Report on plague and inoculation in the Punjab from October 1st ... to September 30th..., being the ... season of plague in the province
Disease focus: Plague
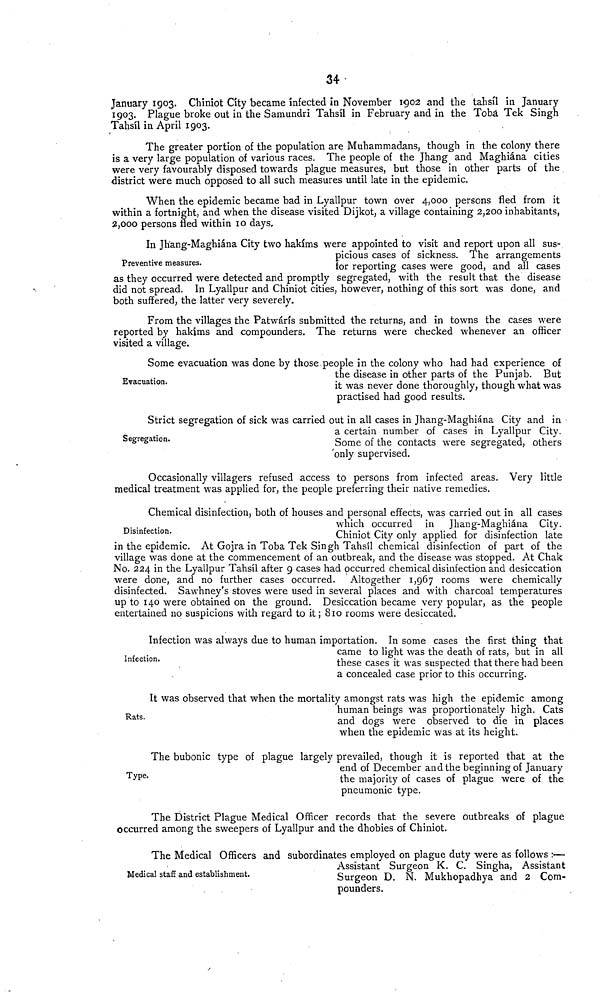
34
January 1903. Chíniot City became infected in November 1902 and the tahsil in January
1903. Plague broke out in the Samundri Tahsil in February and in the Toba Tek Singh
Tahsil in April 1903.
The greater portion of the population are Muhammadans, though in the colony there
is a very large population of various races. The people of the Jhang and Maghiána cities
were very favourably disposed towards plague measures, but those in other parts of the
district were much opposed to all such measures until late in the epidemic.
When the epidemic became bad in Lyallpur town over 4,000 persons fled from it
within a fortnight, and when the disease visited Dijkot, a village containing 2,200 inhabitants,
2,000 persons fled within 10 days,
Preventive measures.
In Jhang-Maghiána City two hakims were appointed to visit and report upon all sus-
picious cases of sickness. The arrangements
for reporting cases were good, and all cases
as they occurred were detected and promptly segregated, with the result that the disease
did not spread. In Lyallpur and Chiniot cities, however, nothing of this sort was done, and
both suffered, the latter very severely.
From the villages the Patwárís submitted the returns, and in towns the cases were
reported by hakims and compounders. The returns were checked whenever an officer
visited a village.
Evacuation.
Some evacuation was done by those people in the colony who had had experience of
the disease in other parts of the Punjab. But
it was never done thoroughly, though what was
practised had good results.
Segregation.
Strict segregation of sick was carried out in all cases in Jhang-Maghiána City and in
a certain number of cases in Lyallpur City.
Some of the contacts were segregated, others
only supervised.
Occasionally villagers refused access to persons from infected areas. Very little
medical treatment was applied for, the people preferring their native remedies.
Disinfection.
Chemical disinfection, both of houses and personal effects, was carried out in all cases
which occurred in Jhang-Maghiána City.
Chiniot City only applied for disinfection late
in the epidemic. At Gojra in Toba Tek Singh Tahsil chemical disinfection of part of the
village was done at the commencement of an outbreak, and the disease was stopped. At Chak
No. 224 in the Lyallpur Tahsil after 9 cases had occurred chemical disinfection and desiccation
were done, and no further cases occurred. Altogether 1,967 rooms were chemically
disinfected. Sawhney's stoves were used in several places and with charcoal temperatures
up to 140 were obtained on the ground. Desiccation became very popular, as the people
entertained no suspicions with regard to it; 810 rooms were desiccated.
Infection.
Infection was always due to human importation. In some cases the first thing that
came to light was the death of rats, but in all
these cases it was suspected that there had been
a concealed case prior to this occurring.
Rats.
It was observed that when the mortality amongst rats was high the epidemic among
human beings was proportionately high. Cats
and dogs were observed to die in places
when the epidemic was at its height.
Type.
The bubonic type of plague largely prevailed, though it is reported that at the
end of December and the beginning of January
the majority of cases of plague were of the
pneumonic type.
The District Plague Medical Officer records that the severe outbreaks of plague
occurred among the sweepers of Lyallpur and the dhobies of Chiniot.
Medical staff and establishment.
The Medical Officers and subordinates employed on plague duty were as follows :—
Assistant Surgeon K. C. Singha, Assistant
Surgeon D. N. Mukhopadhya and 2 Com-
pounders.